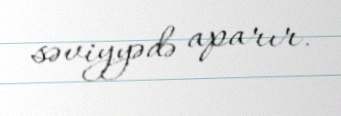
səviyyədə aparır.